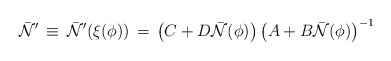
\begin{align*}{\bar {\cal N}}^\prime \, \equiv \, {\bar {\cal N}}^\prime (\xi(\phi)) \,= \,\left ( C + D {\bar {\cal N}}(\phi ) \right ) \left ( A +B {\bar {\cal N}}(\phi)\right )^{-1}\end{align*}